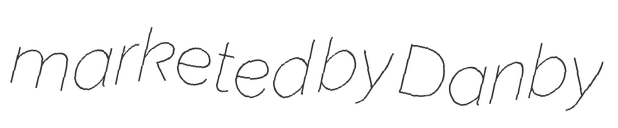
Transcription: marketed by Danby